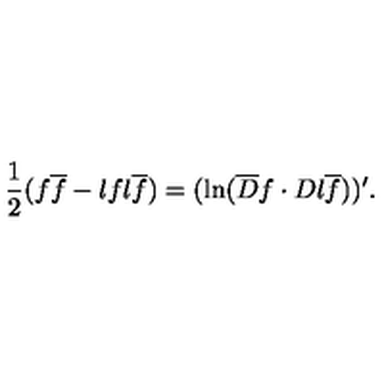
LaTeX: { \frac { 1 } { 2 } } ( f \overline { f } - \l { f } { } \l { \overline { f } } { } ) = ( \ln ( \overline { D } f \cdot D \l { \overline { f } } { } ) ) ^ { \prime } .